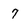
Character: 7